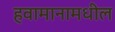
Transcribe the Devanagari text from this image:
हवामानामधील